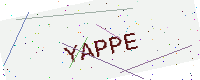
Text: YAPPE